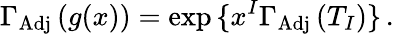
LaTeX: \Gamma_{\mathrm{Adj}}\, (g(x))=\exp{\{ x^{I}\Gamma_{\mathrm{Adj}}\, (T_{I})\} }\, .